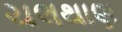
ચલથાણ